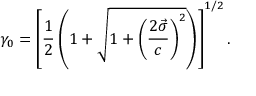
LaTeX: \gamma _ { 0 } = \left[ \frac { 1 } { 2 } \left( 1 + \sqrt { 1 + \left( \displaystyle \frac { 2 \vec { \sigma } } { c } \right) ^ { 2 } } \right) \right] ^ { 1 / 2 } .